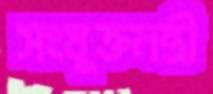
সংযুক্তমন্ত্রী